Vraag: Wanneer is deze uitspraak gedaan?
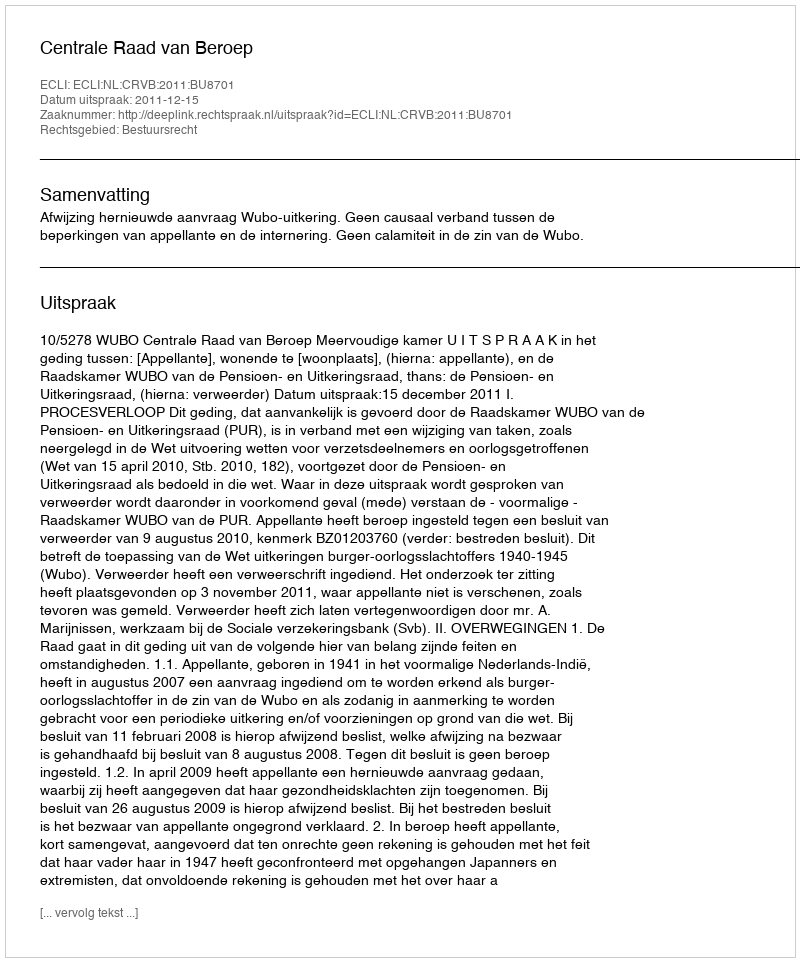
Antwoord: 2011-12-15